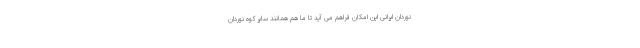
نوردان ایرانی این امکان فراهم می آید تا ما هم همانند سایر کوه نوردان